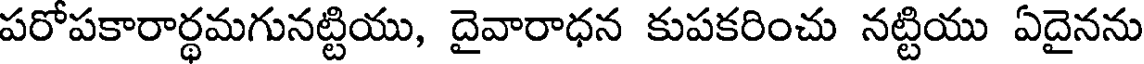
పరోపకారార్థమగునట్టియు, దైవారాధన కుపకరించు నట్టియు ఏదైనను